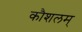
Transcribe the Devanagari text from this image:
कौशलम्